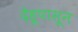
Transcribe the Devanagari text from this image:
देहूपासून